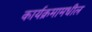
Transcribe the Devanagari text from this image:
कार्यक्रमामधील